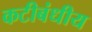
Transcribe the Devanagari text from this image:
कटीबंधीय